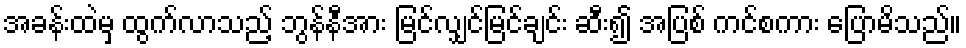
အခန်းထဲမှ ထွက်လာသည့် ဘွန်နီအား မြင်လျှင်မြင်ချင်း ဆီး၍ အပြစ် ကင်စကား ပြောမိသည်။